Code of medical and sanitary regulations for the guidance of medical officers serving in the Madras Presidency - Volume I
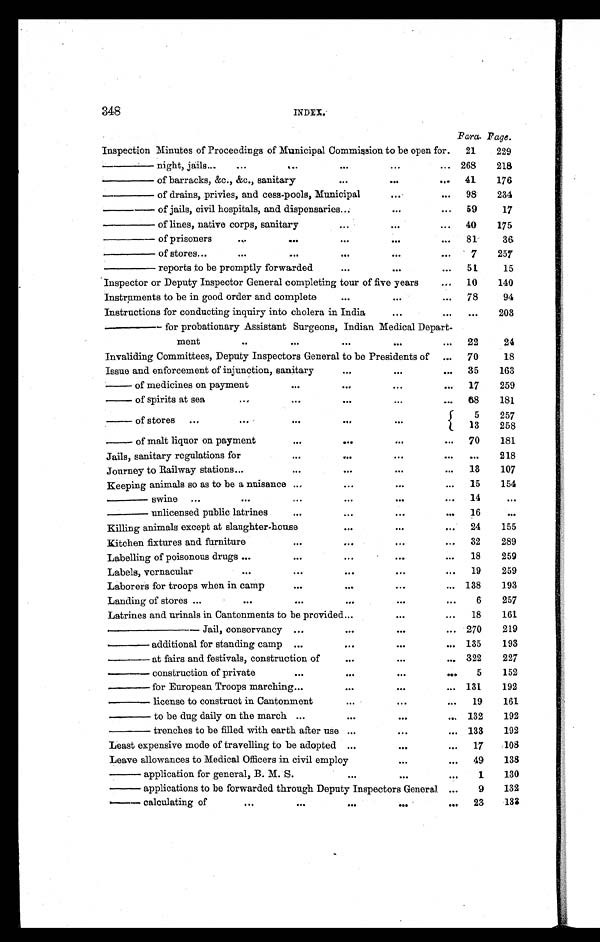
348
INDEX.
Para. Page.
Inspection Minutes of Proceedings of Municipal Commission to be open for. 21
229
—— night, jails...
...
...
...
...
... 268
218
—— of barracks, &c., &c., sanitary
...
. . .
... 41
176
—— of drains, privies, and cess-pools, Municipal
. . .
... 98
234
— — o f j a i l s , c i v i l h o s p i t a l s , a n d d i s p e n s a r i e s
...
...
... 59
17
—— of lines, native corps, sanitary
...
. . .
... 40
175
—— of prisoners
...
...
...
...
...
81
36
—— of stores...
...
...
...
. . .
. . .
7
257
—— reports to be promptly forwarded
...
. . .
... 51
15
Inspector or Deputy Inspector General completing tour of five years
... 10
140
Instruments to be in good order and complete
...
...
... 78
94
Instructions for conducting inquiry into cholera in India
...
. . .
. . .
203
—— for probationary Assistant Surgeons, Indian Medical Depart-
ment
...
...
...
. . .
... 22
24
Invaliding Committees, Deputy Inspectors General to be Presidents of ... 70
18
Issue and enforcement of injunction, sanitary
...
. . .
. . . 35
163
— of medicines on payment
...
...
. . .
. . . 17
259
— of spirits at sea
...
...
...
...
... 68
181
— of stores ...
...
...
...
. . .
5
257
13
258
— of malt liquor on payment
...
...
. . .
. . . 70
181
Jails, sanitary regulations for
...
...
. . .
. . .
. . .
218
Journey to Railway stations ...
...
...
. . .
...
13
107
Keeping animals so as to be a nuisance ...
...
. . .
. . . 15
154
—— swine ...
...
...
...
. . .
...
14
. . .
—— unlicensed public latrines
...
...
...
. . . 16
. . .
Killing animals except at slaughter-house
...
...
... 24
155
Kitchen fixtures and furniture
...
...
...
... 32
289
Labelling of poisonous drugs ...
...
...
. . .
...
18
259
Labels, vernacular
...
...
...
...
...
19
259
Laborers for troops when in camp
...
...
...
... 138
193
Landing of stores ...
. . .
...
...
. . .
. . .
6
257
Latrines and urinals in Cantonments to be provided ...
...
... 18
161
——— Jail, conservancy ...
...
. . .
... 270
219
—— additional for standing camp ...
...
. . .
... 135
193
—— at fairs and festivals, construction of
...
...
... 322
227
— — c o n s t r u c t i o n o f p r i v a t e
...
...
. . .
...
5
152
—— for European Troops marching ...
...
. . .
... 131
192
— — l i c e n s e t o c o n s t r u c t i n C a n t o n m e n t
...
. . .
...
19
161
—— to be dug daily on the march ...
...
. . .
... 132
192
—— trenches to be filled with earth after use ...
...
... 133
192
Least expensive mode of travelling to be adopted ...
...
...
17
108
Leave allowances to Medical Officers in civil employ
. . .
... 49
138
— application for general, B. M. S.
...
. . .
...
1
130
— applications to be forwarded through Deputy Inspectors General ...
9
132
— calculating of
...
...
...
. . .
. . . 23
132